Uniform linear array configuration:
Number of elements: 4
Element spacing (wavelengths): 0.75
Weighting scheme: uniform
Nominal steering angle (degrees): -15
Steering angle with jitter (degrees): -13.817
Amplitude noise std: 0.05
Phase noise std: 0.05

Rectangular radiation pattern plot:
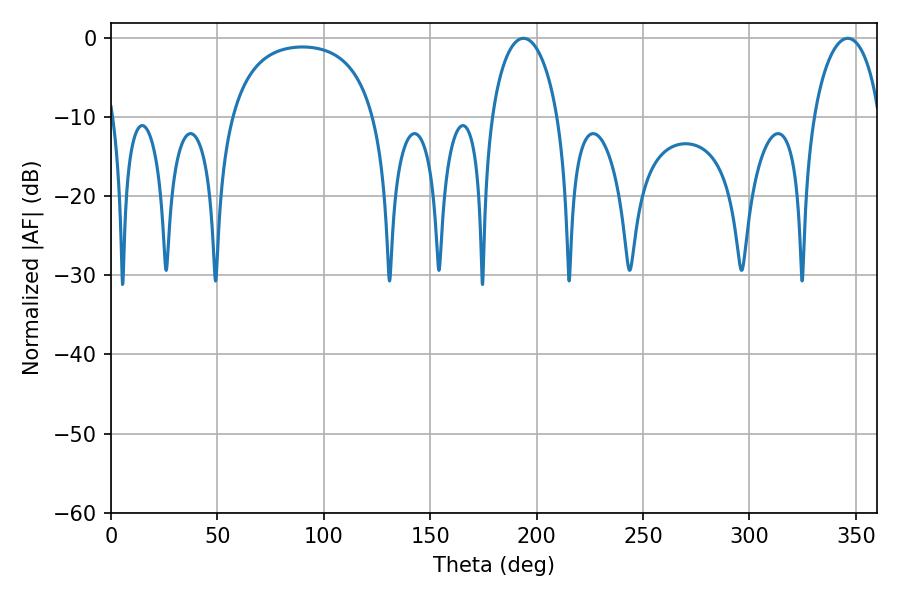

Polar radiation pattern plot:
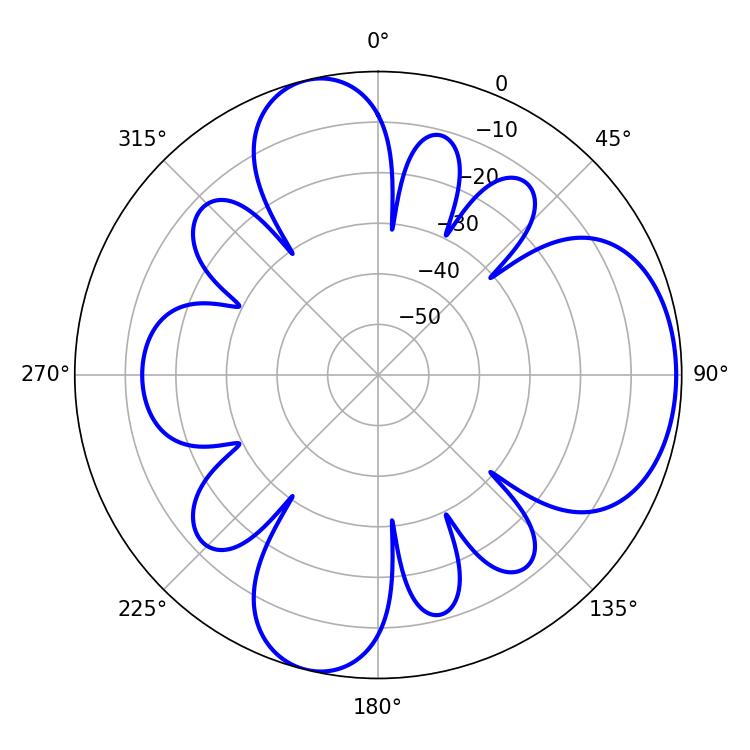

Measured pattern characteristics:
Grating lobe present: TRUE
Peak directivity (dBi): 6.845
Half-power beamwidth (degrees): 18
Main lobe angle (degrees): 193.86